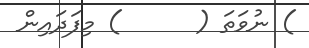
) ނުވަތަ (      ) މިފަދައިން